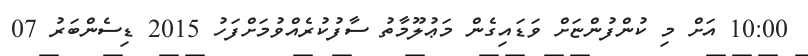
10:00 އަށް މި ކުންފުންޏަށް ވަޑައިގެން މަޢުލޫމާތު ސާފުކުރެއްވުމަށްފަހު 2015 ޑިސެންބަރު 07